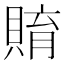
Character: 𧶰